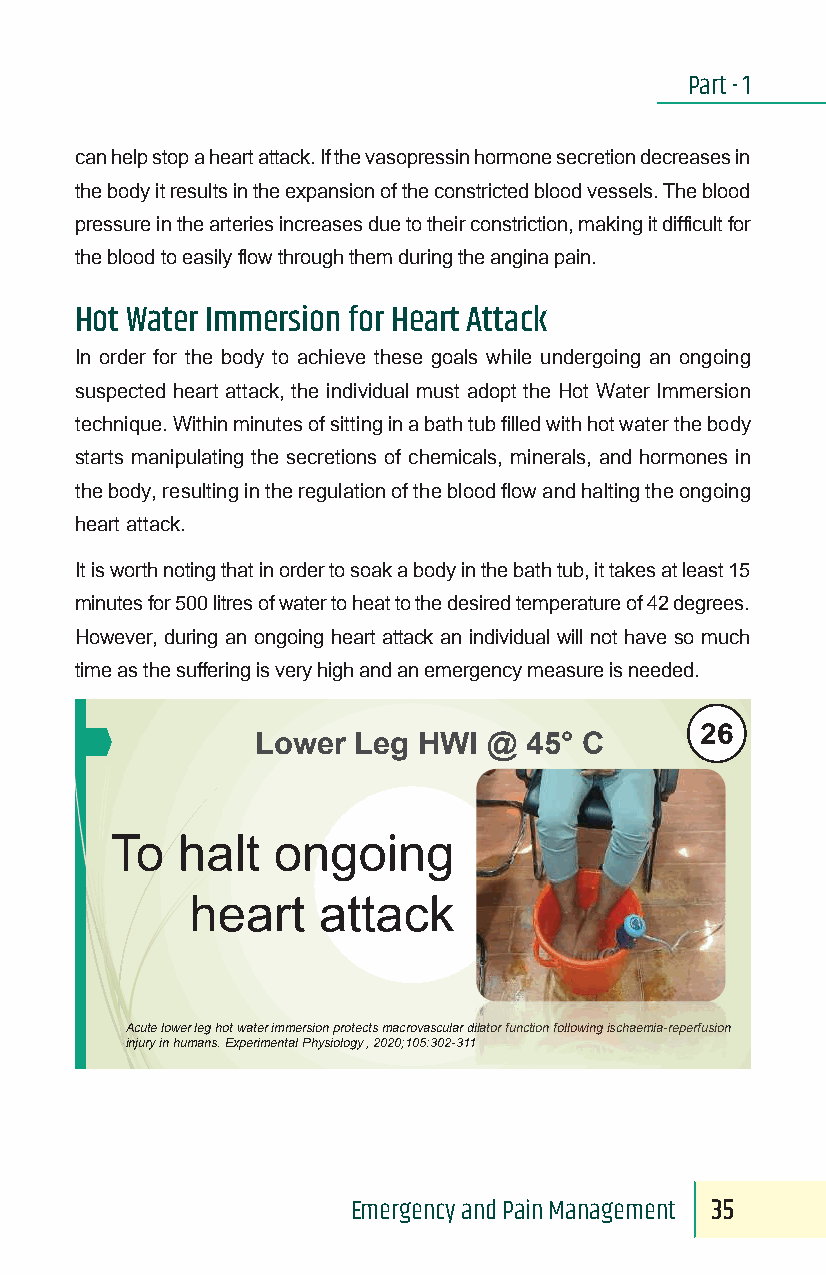
Part - 1
 can help stop a heart attack. If the vasopressin hormone secretion decreases in
 the body it results in the expansion of the constricted blood vessels. The blood
 pressure in the arteries increases due to their constriction, making it difficult for
 the blood to easily flow through them during the angina pain.
 Hot Water Immersion for Heart Attack
 In order for the body to achieve these goals while undergoing an ongoing
 suspected heart attack, the individual must adopt the Hot Water Immersion
 technique. Within minutes of sitting in a bath tub filled with hot water the body
 starts manipulating the secretions of chemicals, minerals, and hormones in
 the body, resulting in the regulation of the blood flow and halting the ongoing
 heart attack.
 It is worth noting that in order to soak a body in the bath tub, it takes at least 15
 minutes for 500 litres of water to heat to the desired temperature of 42 degrees.
 However, during an ongoing heart attack an individual will not have so much
 time as the suffering is very high and an emergency measure is needed.
 26
 Lower Leg  HWI @  45° C
 To   halt  ongoing
 heart   attack
 Acute lower leg hot water immersion protects macrovascular dilator function following ischaemia-reperfusion
 injury in humans. Experimental Physiology , 2020;105:302-311
 Emergency and Pain Management 35